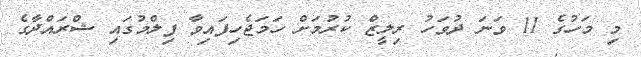
މި މަހުގެ 11 ވަނަ ދުވަހު ރިލީޒް ކުރުމަށް ހަމަޖެހިފައިވާ ފިލްމުގައި ޝްރައްދާގެ